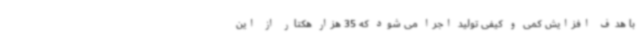
با هدف افزایش کمی و کیفی تولید اجرا می شود که 35 هزار هکتار از این